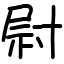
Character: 尉